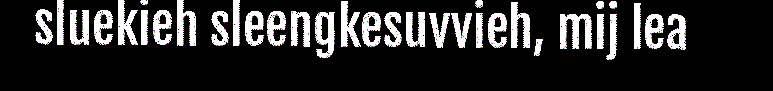
sluekieh sleengkesuvvieh, mij lea